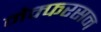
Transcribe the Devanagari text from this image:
मेक्फरसन